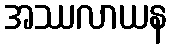
အဿလာယန